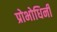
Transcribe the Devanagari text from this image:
प्रोभोधिनी